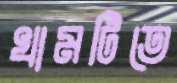
খামটিতে